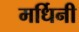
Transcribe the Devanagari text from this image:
मर्धिनी